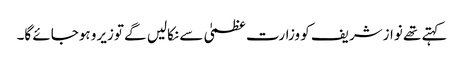
کہتے تھے نوازشریف کو وزارت عظمیٰ سے نکالیں گے توزیرو ہوجائے گا۔